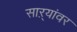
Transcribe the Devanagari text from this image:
साऱ्यांवर